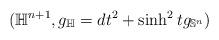
LaTeX: \begin{align*}(\mathbb{H}^{n+1},g_\mathbb{H}=dt^2+\sinh^2tg_{\mathbb{S}^n})\end{align*}